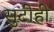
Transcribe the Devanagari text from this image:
सुटीही